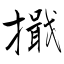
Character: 擑